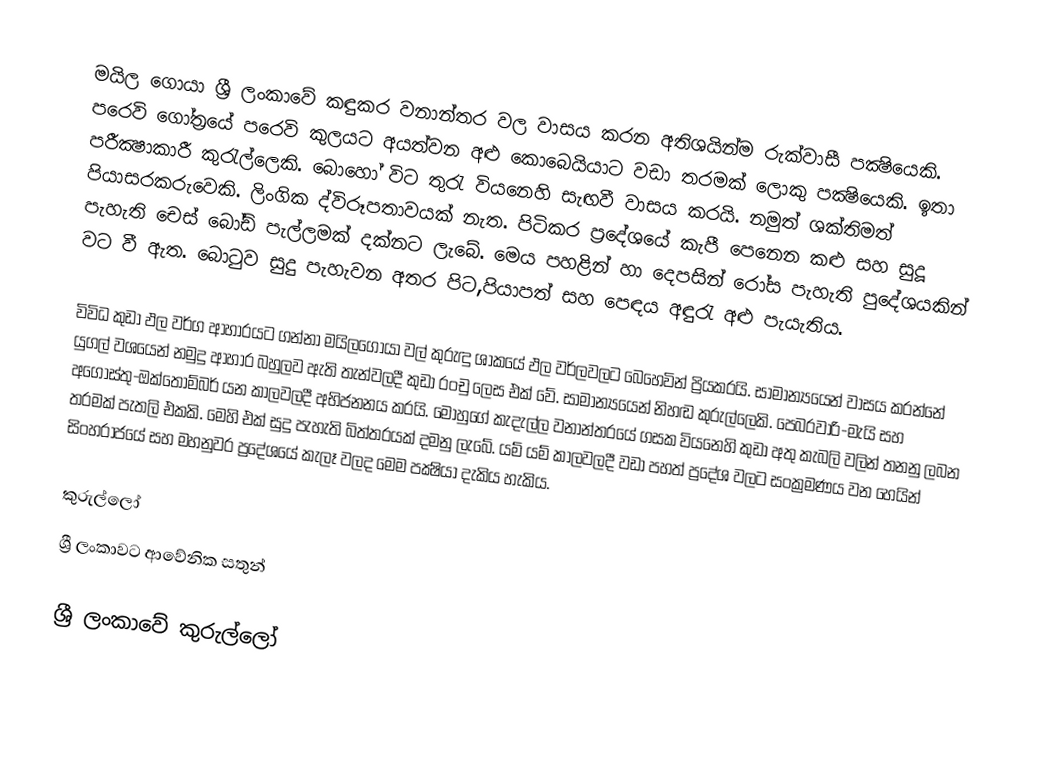
මයිල ගොයා ශ්‍රී ලංකාවේ කඳුකර වනාන්තර වල වාසය කරන අතිශයින්ම රුක්වාසී පක්‍ෂියෙකි. පරෙවි ගෝත්‍රයේ පරෙවි කුලයට අයත්වන අළු කොබෙයියාට වඩා තරමක් ලොකු පක්‍ෂියෙකි. ඉතා පරීක්‍ෂාකාරී කුරැල්ලෙකි. බොහෝ විට තුරැ වියනෙහි සැඟවී වාසය කරයි. නමුත් ශක්තිමත් පියාසරකරුවෙකි. ලිංගික ද්විරූපතාවයක් නැත. පිටිකර ප්‍රදේශයේ කැපී පෙනෙන කළු සහ සුදූ පැහැති චෙස් බෝඩ් පැල්ලමක් දක්නට ලැබේ. මෙය පහළින් හා දෙපසින් රෝස පැහැති පුදේශයකින් වට වී ඇත. ‍බොටුව සුදු පැහැවන අතර පිට,පියාපත් සහ පෙඳය අඳුරැ අළු පැයැතිය.

විවිධ කුඩා ඵල වර්ග ආහාරයට ගන්නා මයිලගොයා වල් කුරුඳු ශාකයේ ඵල වර්ලවලට බෙහෙවින් ප්‍රියකරයි. සාමාන්‍යයෙන් වාසය කරන්නේ යුගල් වශයෙන් නමුදු ආහාර බහුලව ඇති තැන්වලදී කුඩා රංචු ලෙස එක් වේ. සාමාන්‍යයෙන් නිහඬ කුරුල්ලෙකි. පෙබරවාරි-මැයි සහ අගෝස්තු-ඔක්තෝම්බර් යන කාලවලදී අභිජනනය කරයි. මොහුගේ කැදැල්ල වනාන්තරයේ ගසක වියනෙහි කුඩා අතු කැබලි වලින් තනනු ලබන තරමක් පැතලි එකකි. මෙහි එක් සුදු පැහැති බිත්තරයක් දමනු ලැබේ. යම් යම් කාලවලදී වඩා පහත් ප්‍රදේශ වලට සංක්‍රමණය වන හෙයින් සිංහරාජයේ සහ මහනුවර ප්‍රදේශයේ කැලෑ වලද මෙම පක්‍ෂියා දැකිය හැකිය.

කුරුල්ලෝ
ශ්‍රී ලංකා‍වට ආවේනික සතුන්

ශ්‍රී ලංකාවේ කුරුල්ලෝ